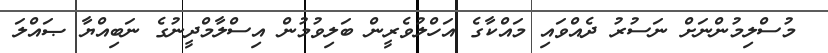
މުސްލިމުންނަށް ނަސުރު ދެއްވައި މައްކާގެ އަހްލުވެރީން ބަލިވުމުން އިސްލާމްދީނުގެ ނަބިއްޔާ ޞައްލަ